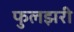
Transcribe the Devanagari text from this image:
फुलझरी